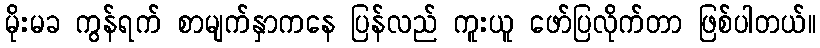
မိုးမခ ကွန်ရက် စာမျက်နှာကနေ ပြန်လည် ကူးယူ ဖော်ပြလိုက်တာ ဖြစ်ပါတယ်။